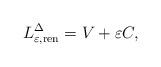
LaTeX: \begin{align*} L^\Delta_{\varepsilon,{\rm ren}} = V + \varepsilon C,\end{align*}